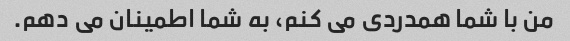
من با شما همدردی می کنم، به شما اطمینان می دهم.